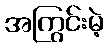
အကြွင်းမဲ့